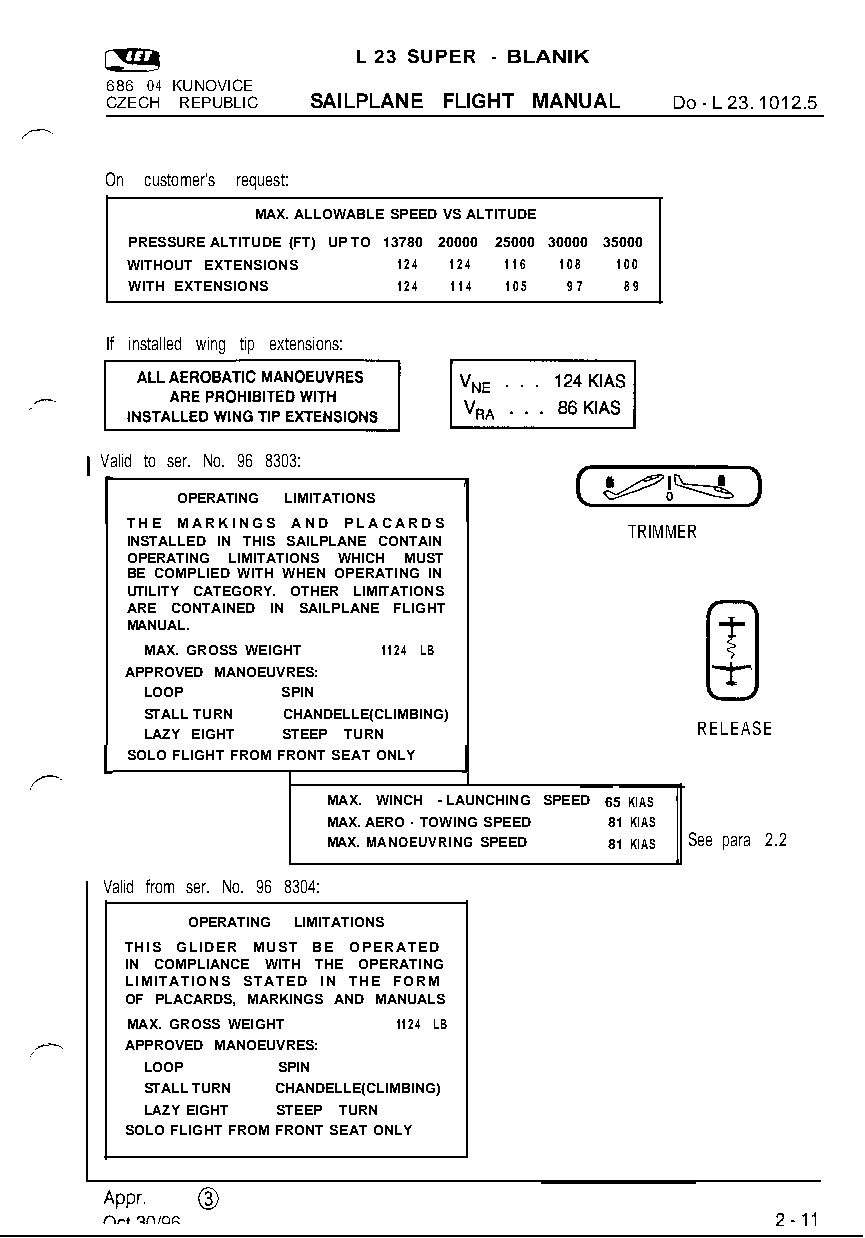
L 23 SUPER - BLANIK
 686 04 KUNOVICE
 CZECH REPUBLIC SAILPLANE FLIGHT MANUAL Do - L 23. 1012.5
 On customer’s request:
 .
 MAX. ALLOWABLE SPEED VS ALTITUDE
 PRESSURE ALTITUDE (FT) UP TO 13780 20000 25000 30000 35000
 WITHOUT EXTENSIONS 124 124 116 108 100
 WITH EXTENSIONS   124 114 105 97 89
 If installed wing tip extensions:
 1 Valid to ser. No. 96 8303:
 (U)
 1
 OPERATING LIMITATIONS
 THE MARKINGS AND PLACARDS         TRIMMER
 INSTALLED IN THIS SAILPLANE CONTAIN
 OPERATING LIMITATIONS WHICH MUST
 BE COMPLIED WITH WHEN OPERATING IN
 UTILITY CATEGORY. OTHER LIMITATIONS
 ARE CONTAINED IN SAILPLANE FLIGHT       T
 MANUAL.
 T
 MAX. GROSS WEIGHT 1124 LB            0
 APPROVED MANOEUVRES:
 LOOP     SPIN
 STALL TURN CHANDELLE(CLIMBING)
 RELEASE
 LAZY EIGHT STEEP TURN
 1 SOLO FLIGHT FROM FRONT SEAT ONLY I
 1
 MAX. WINCH - LAUNCHING SPEED 65 KIAS
 MAX. AERO - TOWING SPEED 81 KIAS
 MAX. MANOEUVRING SPEED 81 KIAS See para 2.2
 Valid from ser. No. 96 8304:
 OPERATING LIMITATIONS
 THIS GLIDER MUST BE OPERATED
 IN COMPLIANCE WITH THE OPERATING
 LIMITATIONS STATED IN THE FORM
 OF PLACARDS, MARKINGS AND MANUALS
 MAX. GROSS WEIGHT 1124 LB
 APPROVED MANOEUVRES:
 LOOP    SPIN
 STALL TURN CHANDELLE(CLIMBING)
 LAZY EIGHT STEEP TURN
 SOLO FLIGHT FROM FRONT SEAT ONLY